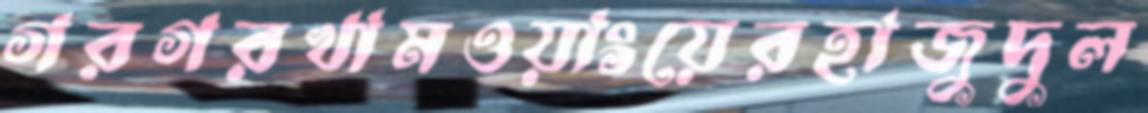
গরগরখামওয়াংয়েরহাজুদুল